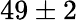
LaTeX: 49\pm 2